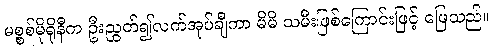
မစ္စစ်မိုရိုနီက ဦးညွတ်၍လက်အုပ်ချီကာ မိမိ သမီးဖြစ်ကြောင်းဖြင့် ဖြေသည်။